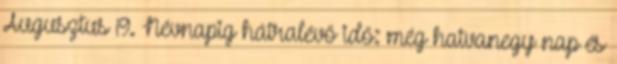
Augusztus 19. Névnapig hátralévő idő: még hatvanegy nap és